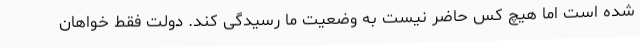
شده است اما هیچ کس حاضر نیست به وضعیت ما رسیدگی کند. دولت فقط خواهان